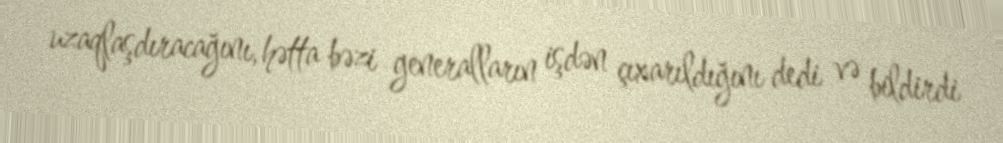
uzaqlaşdıracağını, hətta bəzi generalların işdən çıxarıldığını dedi və bildirdi